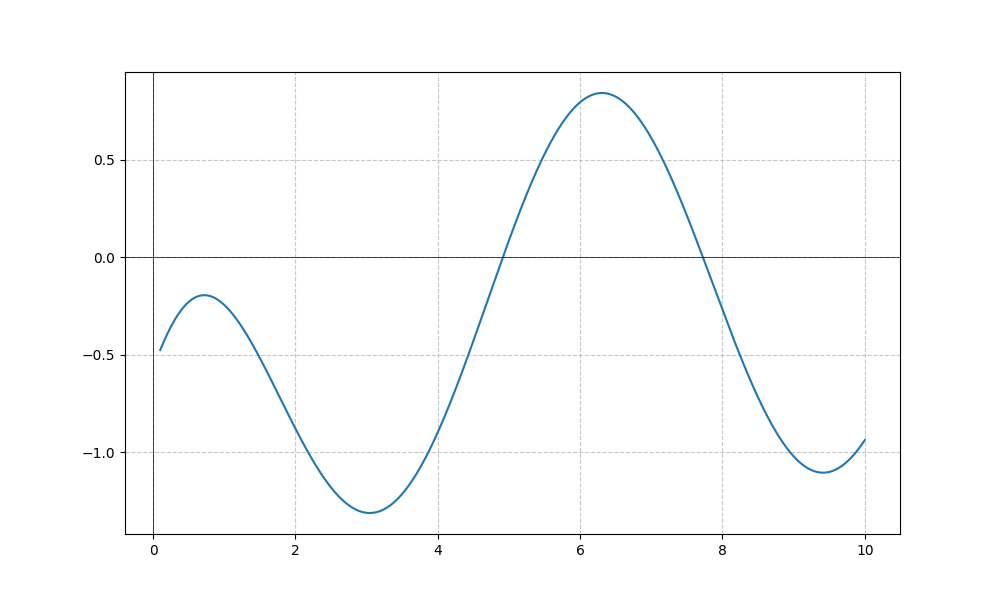
LaTeX formula: \cos{\left(x \right)} - \operatorname{acot}{\left(x \right)}